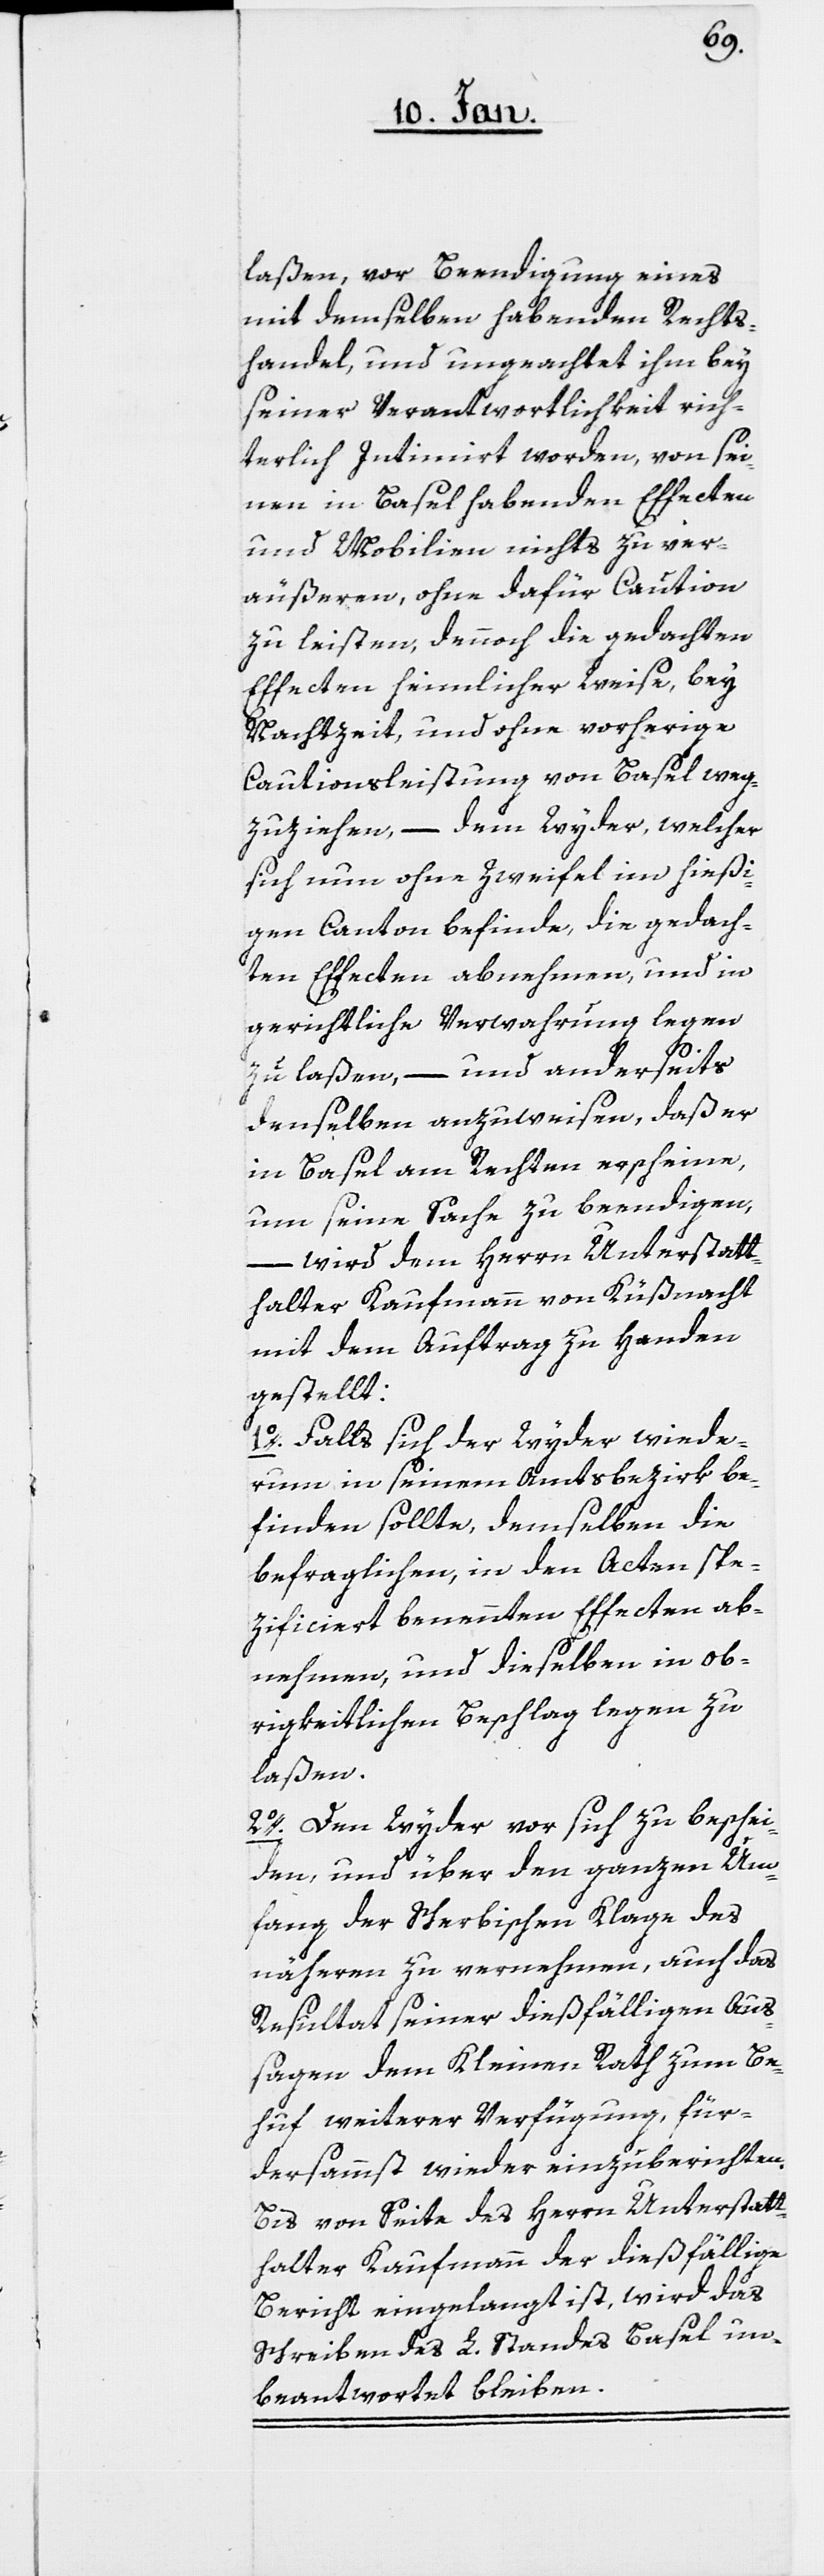
laßen, vor Beendigung eines
mit demselben habenden Rechts¬
handel, und ungeachtet ihm bey
seiner Verantwortlichkeit rich¬
terlich Intimiert worden, von sei¬
nen in Basel habenden Effecten
und Mobilien nichts zu ver¬
äußern, ohne dafür Caution
zu leisten, dennoch die gedachten
Effecten heimlicher Weise bey
Nachtzeit und ohne vorherige
Cautionsleistung von Basel weg¬
zuziehen, – dem Wyder, welcher
sich nun ohne Zweifel im hießi¬
gen Canton befinde, die gedach¬
ten Effecten abnehmen, und in
gerichtliche Verwahrung legen
zu laßen, – und anderseits
denselben anzuweisen, daß er
in Basel am Rechten erscheine,
um seine Sache zu beendigen,
wird dem Herrn Unterstatt¬
halter Kaufmann von Küßnacht
mit dem Auftrag zu Handen
gestellt:
1o. Falls sich der Wyder wiede¬
rum in seinem Amtsbezirk be¬
finden sollte, demselben die
befraglichen, in den Acten spe¬
zificiert benannten Effecten ab¬
nehmen, und dieselben in ob¬
rigkeitlichen Beschlag legen zu
laßen.
2o. Den Wyder vor sich zu beschei¬
den, und über den ganzen Um¬
fang der Scherbischen Klage des
nähern zu vernehmen, auch das
Resultat seiner dießfälligen Aus¬
sagen dem Kleinen Rath zum Be¬
huf weiterer Verfügung, für¬
dersammst wieder einzuberichten.
Bis von Seite des Herrn Unterstatt¬
halter Kaufmann der dießfällige
Bericht eingelangt ist, wird das
Schreiben des L. Standes Basel un¬
beantwortet bleiben.